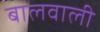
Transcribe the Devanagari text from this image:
बालवाली